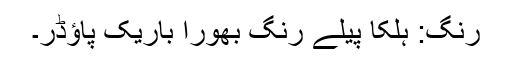
رنگ: ہلکا پیلے رنگ بھورا باریک پاؤڈر۔